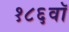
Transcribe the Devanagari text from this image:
१८६वॉ